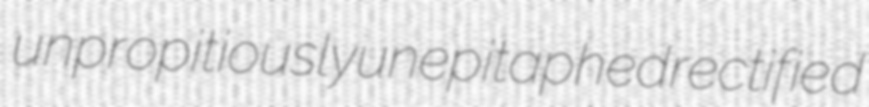
unpropitiously unepitaphed rectified